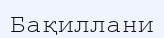
Бақиллани